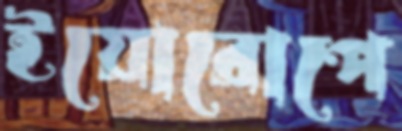
ইয়োরোপে